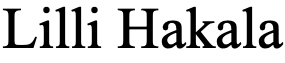
Lilli Hakala